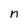
Character: n